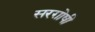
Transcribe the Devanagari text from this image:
सरग़ोषी